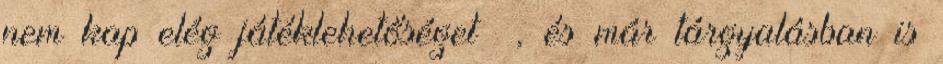
nem kap elég játéklehetőséget –, és már tárgyalásban is